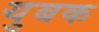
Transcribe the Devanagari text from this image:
युबक